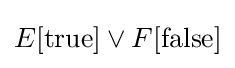
E[{\text{true}}]\lor F[{\text{false}}]